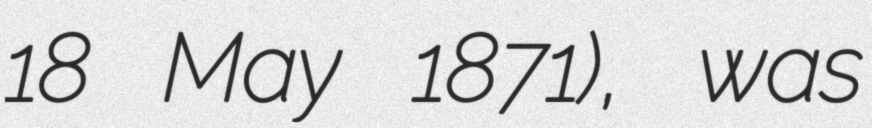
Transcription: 18 May 1871), was